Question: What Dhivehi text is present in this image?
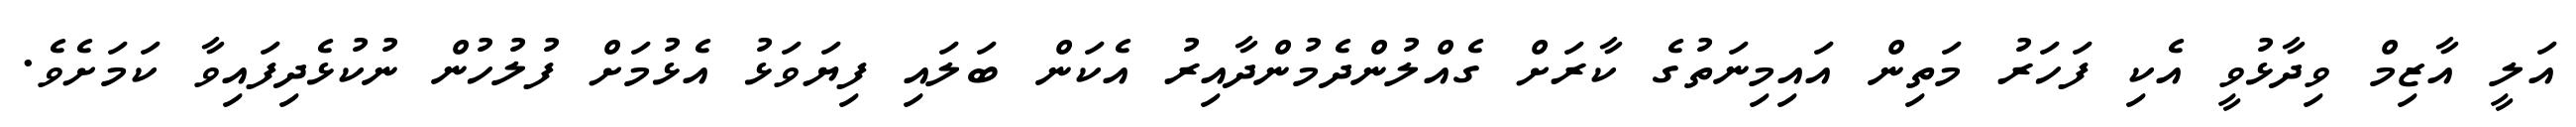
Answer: އަލީ އާޒިމް ވިދާޅުވީ އެކި ފަހަރު މަތިން އައިމިނަތުގެ ކާރަށް ގެއްލުންދެމުންދާއިރު އެކަން ބަލައި ފިޔަވަޅު އެޅުމަށް ފުލުހުން ނުކުޅެދިފައިވާ ކަމަށެވެ.